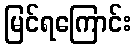
မြင်ရကြောင်း